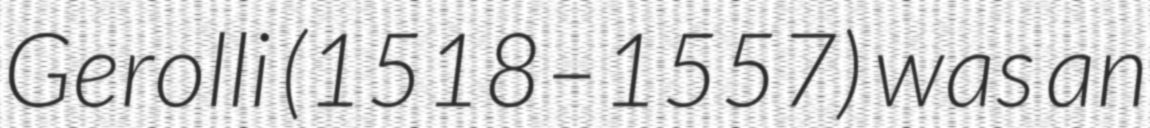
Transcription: Gerolli (1518–1557) was an